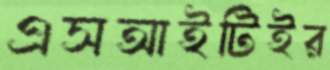
এসআইটিইর